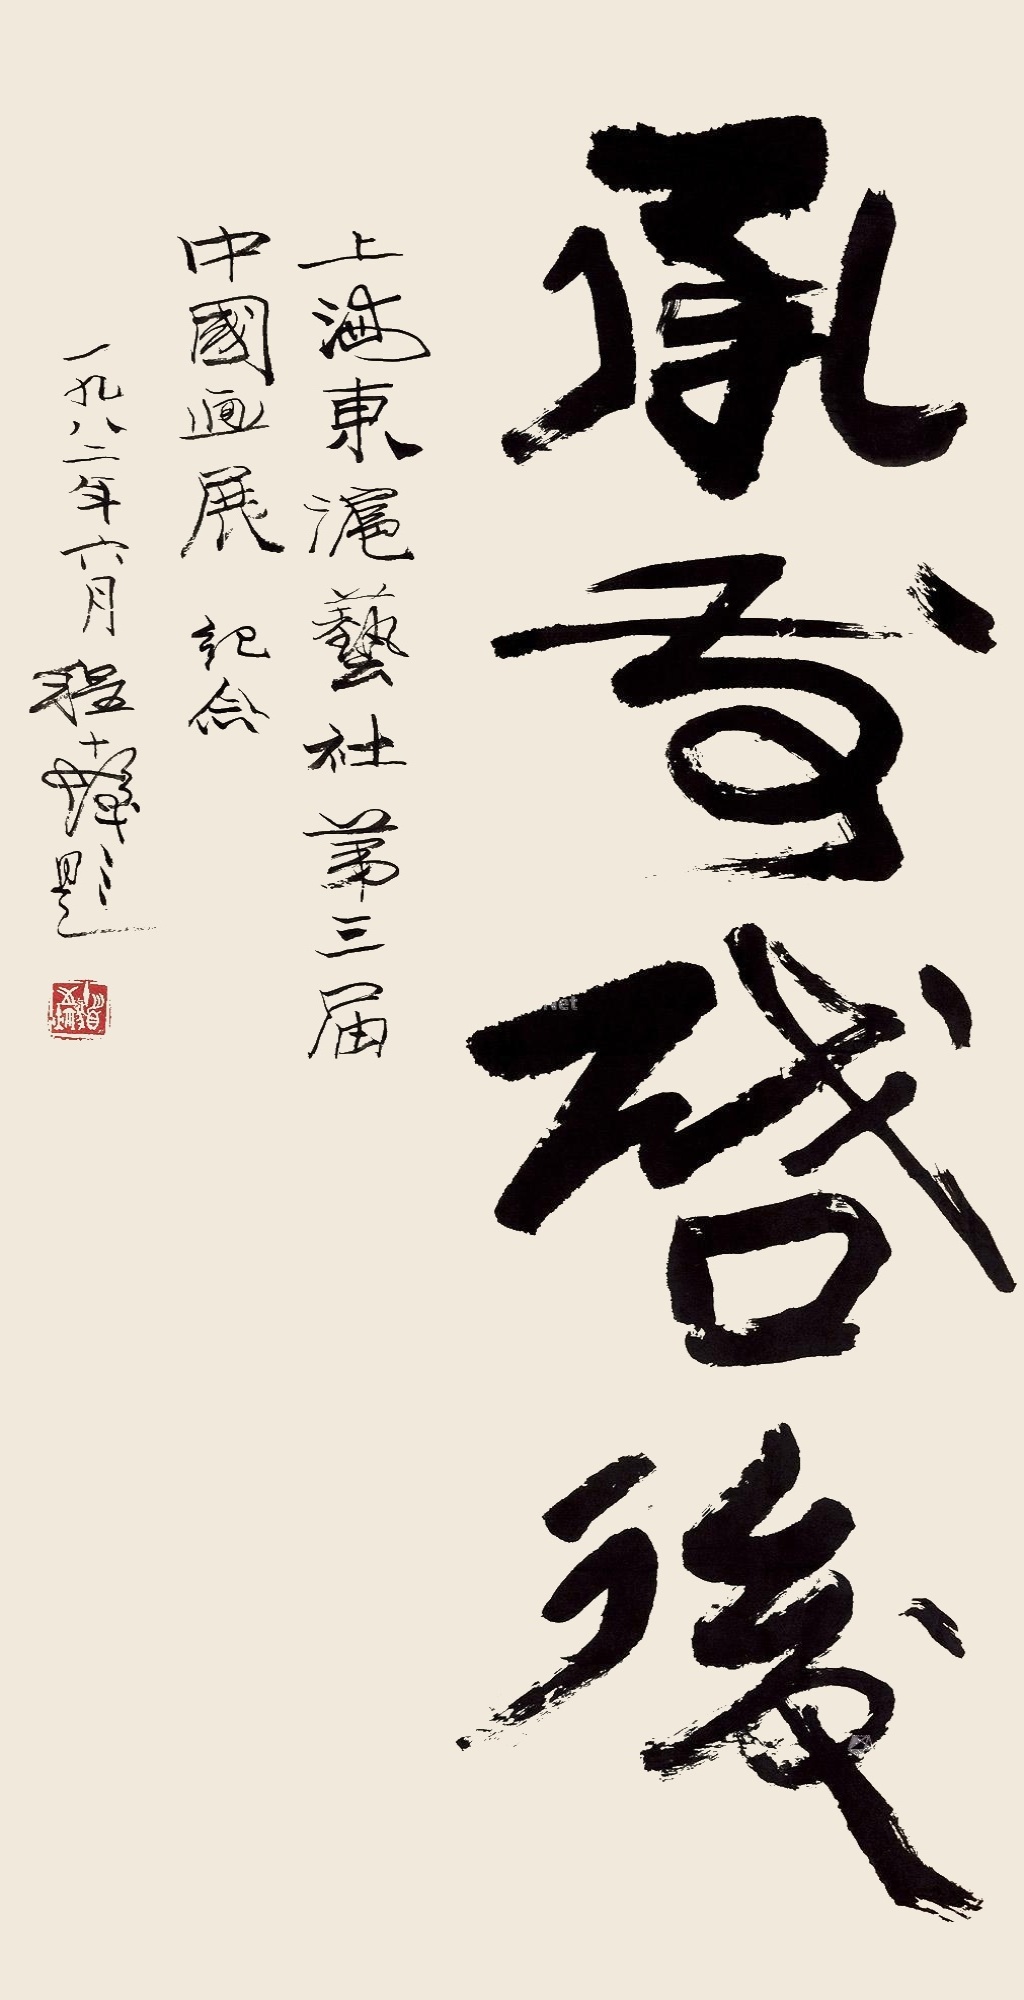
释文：承前启后。上海东沪艺社第三届中国画展纪念，一九八二年六月，程十发题。